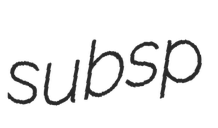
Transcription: subsp